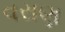
વરાણ